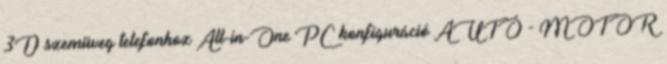
3D szemüveg telefonhoz All-in-One PC konfiguráció AUTÓ - MOTOR